Report of the Municipal Commissioner on the plague in Bombay for the year ending 31st May... - Volume 1
Disease focus: Plague
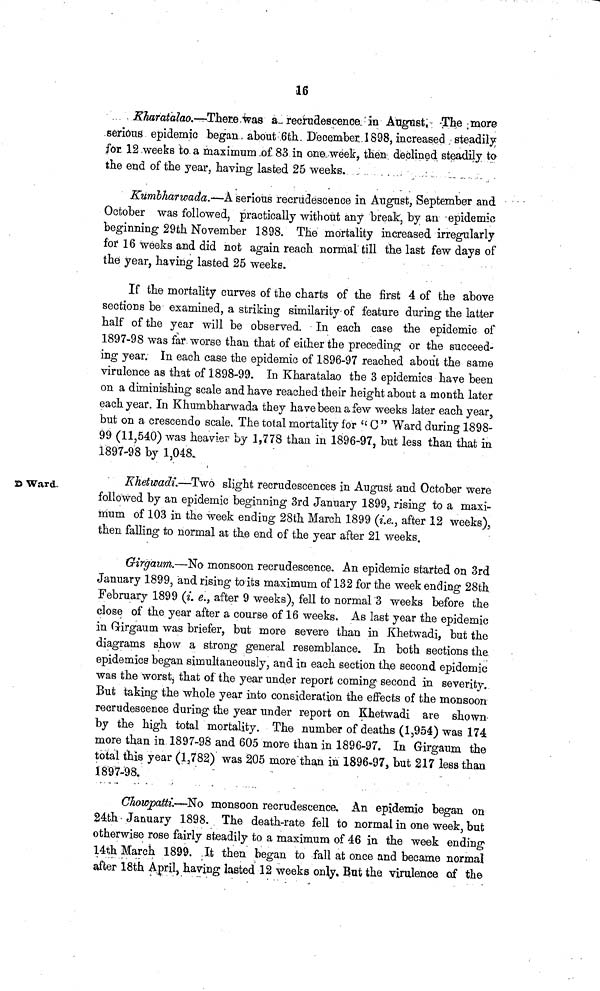
16
Kharatalao.—There was a recrudescence in August. The more
serious epidemic began about 6th December 1898, increased steadily
for 12 weeks to a maximum of 83 in one week, then declined steadily to
the end of the year, having lasted 25 weeks.
Kumbharwada.—A serious recrudescence in Augast, September and
October was followed, practically without any break, by an epidemic
beginning 29th November 1898. The mortality increased irregularly
for 16 weeks and did not again reach normal till the last few days of
the year, having lasted 25 weeks.
If the mortality curves of the charts of the first 4 of the above
sections be examined, a striking similarity of feature during the latter
half of the year will be observed. In each case the epidemic of
1897-98 was far worse than that of either the preceding or the succeed-
ing year. In each case the epidemic of 1896-97 reached about the same
virulence as that of 1898-99. In Kharatalao the 3 epidemics have been
on a diminishing scale and have reached their height about a month later
each year. In Khumbharwada they have been a few weeks later each year,
but on a crescendo scale. The total mortality for " 0 " Ward during 1898-
99 (11,540) was heavier by 1,778 than in 1896-97, but less than that in
1897-98 by 1,048.
9 Ward.
Khetwadi.—Two slight recrudescences in August and October were
followed by an epidemic beginning 3rd January 1899, rising to a maxi-
mum of 103 in the week ending 28th March 1899 (i.e.> after 12 weeks),
then falling to normal at the end of the year after 21 weeks.
Girgaum.—No monsoon recrudescence. An epidemic started on 3rd
January 1899, and rising to its maximum of 132 for the weekending 28th
February 1899 (i. e., after 9 weeks), fell to normal 3 weeks before the
close of the year after a course of 16 weeks. As last year the epidemic
in Grirgaum was briefer, but more severe than in Khetwadi, but the
diagrams show a strong general resemblance. In both sections the
epidemics began simultaneously, and in each section the second epidemic
was the worst, that of the year under report coming second in severity.
But taking the whole year into consideration the effects of the monsoon
recrudescence during the year under report on Khetwadi are shown
by the high total mortality. The number of deaths (1 5 954) was 174
more than in 1897-98 and 605 more than in 1896-97. In Girgaum the
total this year (1 3 782) was 205 more than in 1896-97, but 217 less than
1897-98.
CJiowpaMi.-~R& monsoon recrudescence. An epidemic began on
24th January 1898. The death-rate fell to normal in one week, but
otherwise rose fairly steadily to a maximum of 46 in the week ending
14th March 1899. It then began to fall at once and became normal
after 18th April, having lasted 12 weeks only. But the virulence of the